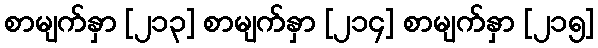
စာမျက်နှာ [၂၁၃] စာမျက်နှာ [၂၁၄] စာမျက်နှာ [၂၁၅]